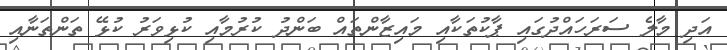
އަދި މާލެ ސަރަހައްދުގައި ޕާކުތަކާއި މައިޒާންތައް ބަންދު ކުރުމާއި ކުޅިވަރު ކުޅޭ ތަންތަނާއި